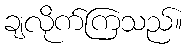
ချလိုက်ကြသည်။